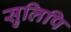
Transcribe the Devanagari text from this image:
सुलिपि